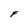
Character: F